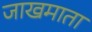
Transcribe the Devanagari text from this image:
जाखमाता